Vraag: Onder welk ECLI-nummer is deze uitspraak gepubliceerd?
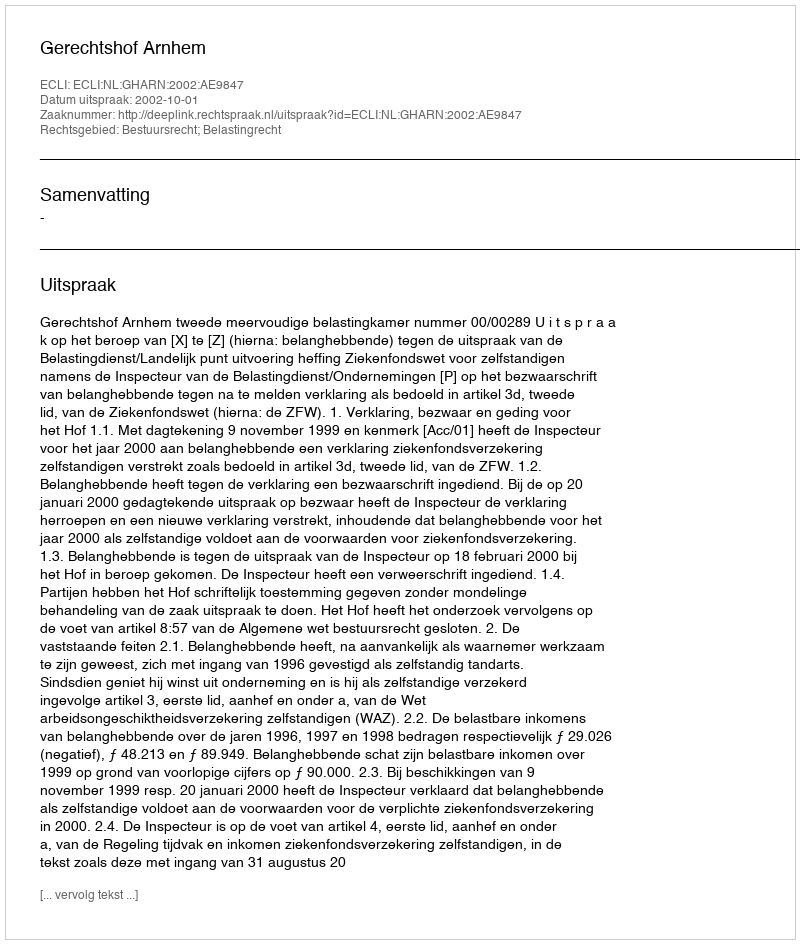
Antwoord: ECLI:NL:GHARN:2002:AE9847